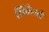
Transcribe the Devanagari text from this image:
शिवैलरी